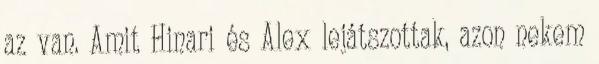
az van. Amit Hinari és Alex lejátszottak, azon nekem